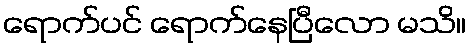
ရောက်ပင် ရောက်နေပြီလော မသိ။